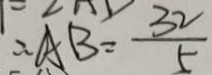
\therefore A B = \frac { 3 2 } { 5 }